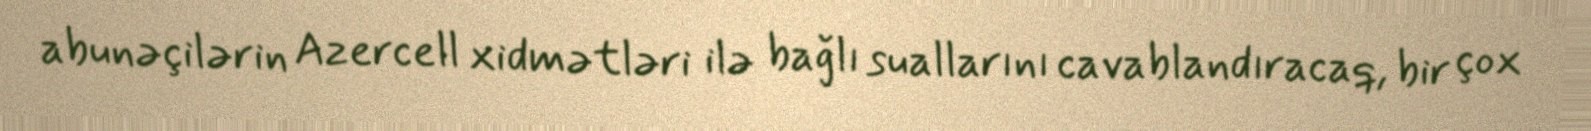
abunəçilərin Azercell xidmətləri ilə bağlı suallarını cavablandıracaq, bir çox